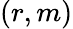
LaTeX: (r,m)